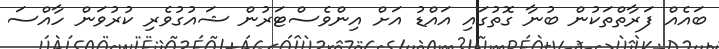
ބައެއް ފަރާތްތަކުން ބުނާ ގޮތުގައި އައްޑު އަށް އިންވެސްޓަރުން ޝައުގުވެރި ކުރުވަން ހާއްސަ